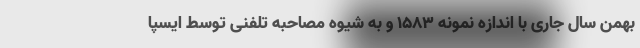
بهمن سال جاری با اندازه نمونه ۱۵۸۳ و به شیوه مصاحبه تلفنی توسط ایسپا